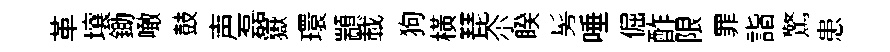
革壤鋤噉鼓声磊嶽環顓載狗橫琵尒睽髣唾倔酢限罪詣驚患